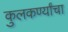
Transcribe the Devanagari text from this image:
कुलकर्ण्यांचा